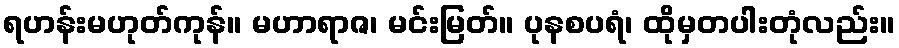
ရဟန်းမဟုတ်ကုန်။ မဟာရာဇ၊ မင်းမြတ်။ ပုနစပရံ၊ ထိုမှတပါးတုံလည်း။